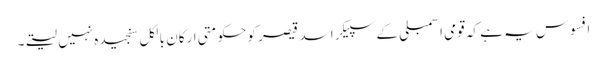
افسوس یہ ہے کہ قومی اسمبلی کے سپیکر اسد قیصر کو حکومتی ارکان بالکل سنجیدہ نہیں لیتے۔